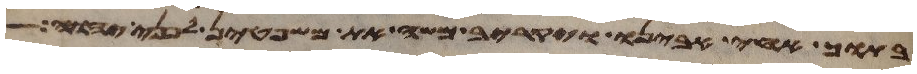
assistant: בתוך אחי אבינו ויקרב משה את משפטן לפני יהוה